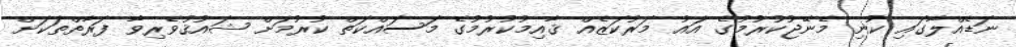
ނަޑެއްލާގައި ކުނި މެނޭޖުކުރުމުގެ އައު މަރުކަޒެއް ޤާއިމުކުރުމުގެ މަސައްކަތް ކުރުމަށް ޝައުޤުވެރިވާ ފަރާތްތަކަށް